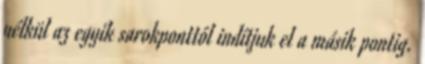
nélkül az egyik sarokponttól indítjuk el a másik pontig.